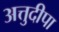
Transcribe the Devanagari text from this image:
अत्तुदीपा